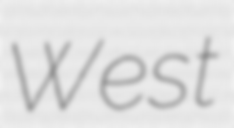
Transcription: West